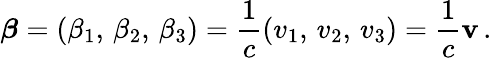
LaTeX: {\boldsymbol{\beta}}=(\beta_{1},\, \beta_{2},\, \beta_{3})={\frac{1}{c}}(v_{1},\, v_{2},\, v_{3})={\frac{1}{c}}\mathbf{v}\, .